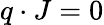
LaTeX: q\cdot J=0